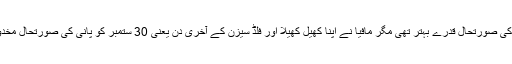
پچھلے سال پانی کی صورتحال قدرے بہتر تھی مگر مافیا نے اپنا کھیل کھیلا اور فلڈ سیزن کے آخری دن یعنی 30 ستمبر کو پانی کی صورتحال مخدوش ہو چکی تھی۔